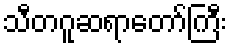
သီတဂူဆရာတော်ကြီး